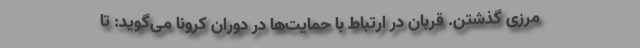
مرزی گذشتن. قربان در ارتباط با حمایت‌ها در دوران کرونا می‌گوید: تا